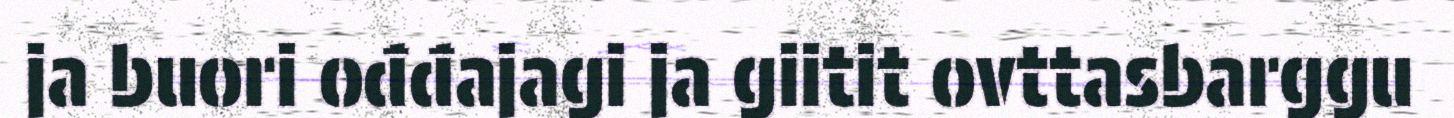
ja buori ođđajagi ja giitit ovttasbarggu